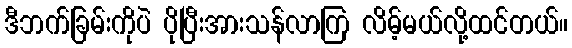
ဒီဘက်ခြမ်းကိုပဲ ပိုပြီးအားသန်လာကြ လိမ့်မယ်လို့ထင်တယ်။